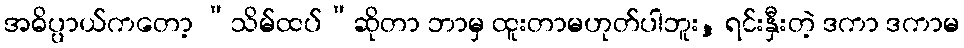
အဓိပ္ပာယ်ကတော့ “သိမ်ထပ်”ဆိုတာ ဘာမှ ထူးတာမဟုတ်ပါဘူး, ရင်းနှီးတဲ့ ဒကာ ဒကာမ